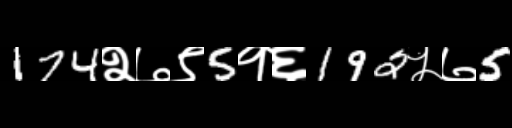
Text: 174२७९5१६192५७5